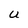
Character: U